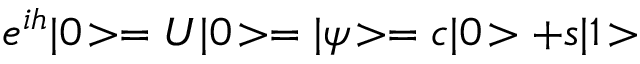
e ^ { i h } | 0 \! > = U | 0 \! > = | \psi \! > = c | 0 \! > + s | 1 \! >